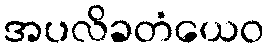
အပလိခတံယေဝ